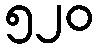
၅၂၀